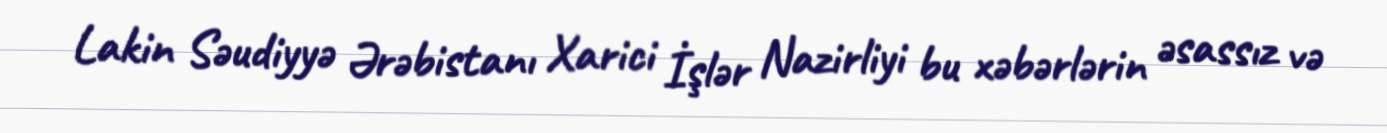
Lakin Səudiyyə Ərəbistanı Xarici İşlər Nazirliyi bu xəbərlərin əsassız və